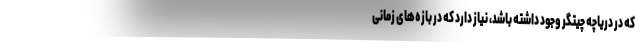
که در دریاچه چیتگر وجود داشته باشد، نیاز دارد که در بازه‌های زمانی